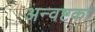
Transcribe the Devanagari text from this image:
अन्वष्टका